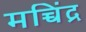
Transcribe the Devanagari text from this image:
मच्चिंद्र